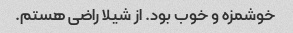
خوشمزه و خوب بود. از شیلا راضی هستم.